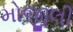
મોજીલી